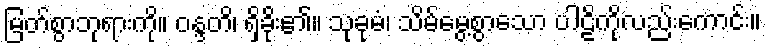
မြတ်စွာဘုရားကို။ ဝန္ဒတိ၊ ရှိခိုး၏။ သုခုမံ၊ သိမ်မွေ့စွာသော ပါဠိကိုလည်းကောင်း။